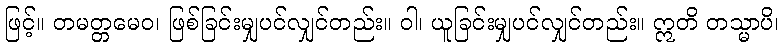
ဖြင့်။ တမတ္တမေဝ၊ ဖြစ်ခြင်းမျှပင်လျှင်တည်း။ ဝါ၊ ယူခြင်းမျှပင်လျှင်တည်း။ ဣတိ တသ္မာပိ၊